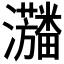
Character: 𱪓